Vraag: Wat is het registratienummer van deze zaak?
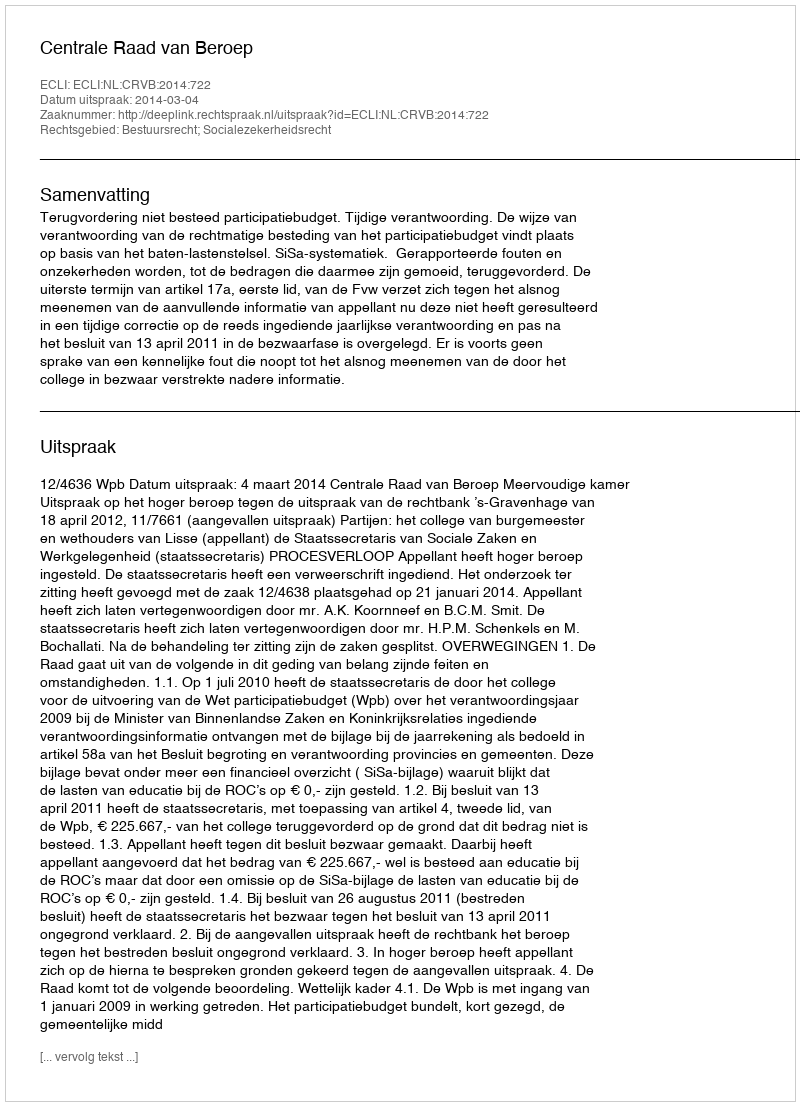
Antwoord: http://deeplink.rechtspraak.nl/uitspraak?id=ECLI:NL:CRVB:2014:722